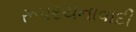
રૂપરચનાવાદી